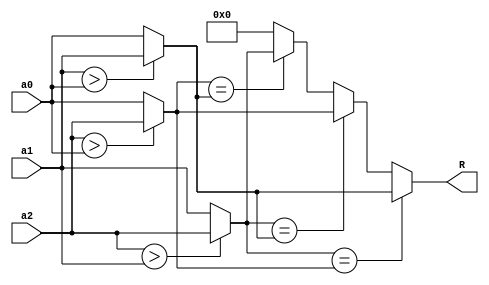
module Median_Circuit(a2,a1,a0,R);

input   [7:0] a2,a1,a0;
output  [7:0] R;
wire    [7:0] R1,R2,R3;

assign R1=(a2>a1)?a2:a1;
assign R2=(a2>a0)?a2:a0;
assign R3=(a1>a0)?a1:a0;
assign R=(R1==R2)?R3:(R1==R3)?R2:(R2==R3)?R1:0;

endmodule